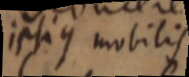
ipsius mobilis